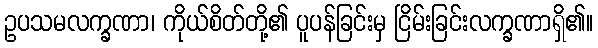
ဥပသမလက္ခဏာ၊ ကိုယ်စိတ်တို့၏ ပူပန်ခြင်းမှ ငြိမ်းခြင်းလက္ခဏာရှိ၏။